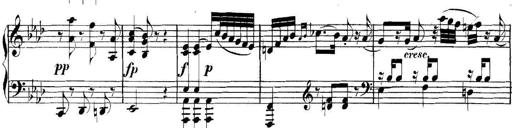
Title: Collected Piano Sonatas
Composer: Muzio Clementi